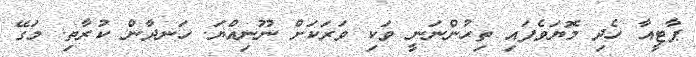
ޕާޓީއާ ހެދި މޮޔަވެފައި ތިހުންނަނީ ވަކި ވަރަކަށް ނޫނިއްޔަ. ހަނދާން ކުރާތި. މަގޭ